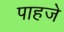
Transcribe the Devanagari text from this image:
पाहजे